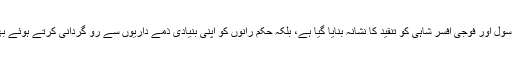
فلم میں نہ صرف سِول اور فوجی افسر شاہی کو تنقید کا نشانہ بنایا گیا ہے، بلکہ حُکم رانوں کو اپنی بنیادی ذمّے داریوں سے رُو گردانی کرتے ہوئے بھی دِکھایا گیا ہے۔